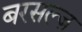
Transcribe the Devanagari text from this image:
बरसल्ज़